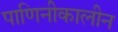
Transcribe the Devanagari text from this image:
पाणिनीकालीन